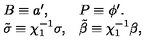
\left. \begin{array} { l l } { B \equiv a ^ { \prime } , } & { P \equiv \phi ^ { \prime } . } \\ { \tilde { \sigma } \equiv \chi _ { 1 } ^ { - 1 } \sigma , } & { \tilde { \beta } \equiv \chi _ { 1 } ^ { - 1 } \beta , } \\ \end{array} \right.